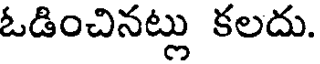
ఓడించినట్లు కలదు.